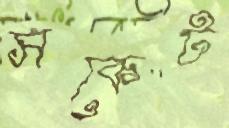
সকেট